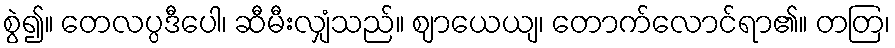
စွဲ၍။ တေလပ္ပဒီပေါ၊ ဆီမီးလျှံသည်။ ဈာယေယျ၊ တောက်လောင်ရာ၏။ တတြ၊